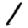
Digit: 1